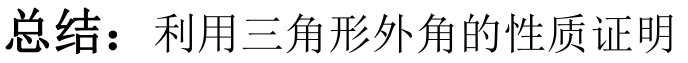
总结：利用三角形外角的性质证明